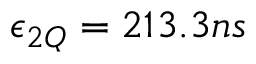
\epsilon _ { 2 Q } = 2 1 3 . 3 n s